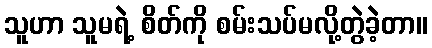
သူဟာ သူမရဲ့ စိတ်ကို စမ်းသပ်မလို့တွဲခဲ့တာ။